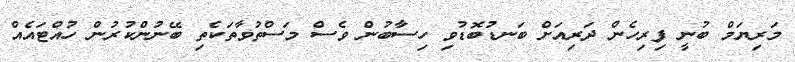
މަރިޔަމް ބުނީ ފިރިހެން ދަރިއަށް ބަނޑުބޮޑުވި ހިސާބުން ވެސް މަސްތުވާތަކެތި ބޭނުންކުރުން ހުއްޓައެއް